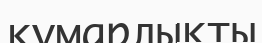
құмарлықты